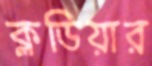
ক্লডিয়ার